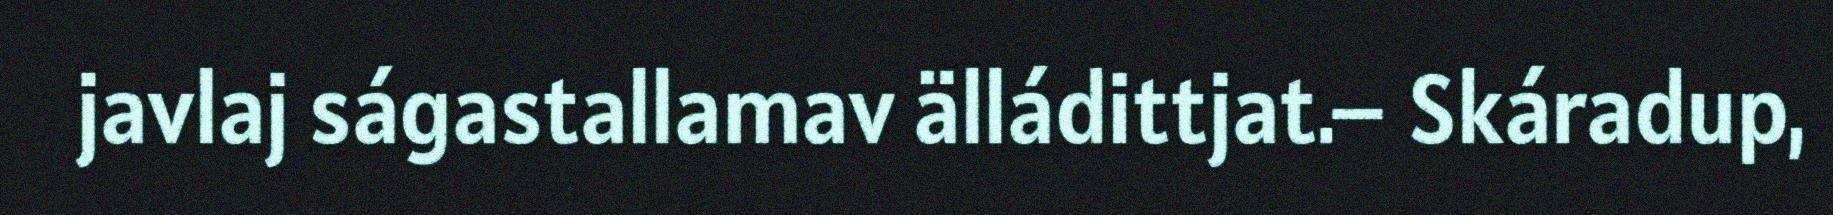
javlaj ságastallamav älládittjat.– Skáradup,